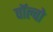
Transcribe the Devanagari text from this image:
वाॅल्वो